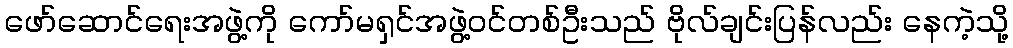
ဖော်ဆောင်ရေးအဖွဲ့ကို ကော်မရှင်အဖွဲ့ဝင်တစ်ဦးသည် ဗိုလ်ချင်းပြန်လည်း နေကဲ့သို့